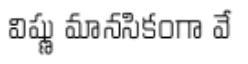
విష్ణు మానసికంగా వే